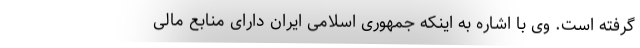
گرفته است. وی با اشاره به اینکه جمهوری اسلامی ایران دارای منابع مالی